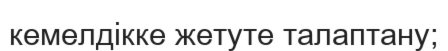
кемелдікке жетуте талаптану;